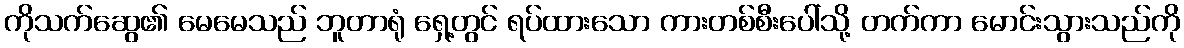
ကိုသက်ဆွေ၏ မေမေသည် ဘူတာရုံ ရှေ့တွင် ရပ်ထားသော ကားတစ်စီးပေါ်သို့ တက်ကာ မောင်းသွားသည်ကို